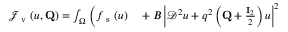
\begin{array} { r l } { \mathcal { J } _ { \mathrm { ~ v ~ } } ( u , \mathbf { Q } ) = \int _ { \Omega } \bigg ( f _ { \mathrm { ~ s ~ } } ( u ) } & { { } + B \left| \mathcal { D } ^ { 2 } u + q ^ { 2 } \left( \mathbf { Q } + \frac { \mathbf { I } _ { 2 } } { 2 } \right) u \right| ^ { 2 } \! \! \! \! \! \! \! \! } \end{array}